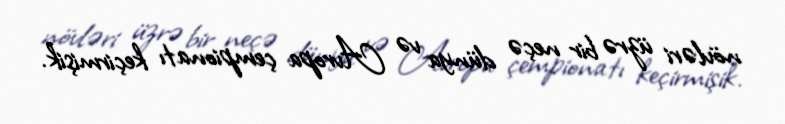
növləri üzrə bir neçə dünya və Avropa çempionatı keçirmişik.